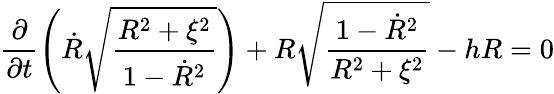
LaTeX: \frac{\partial}{\partial t}\left(\dot{R}\sqrt{\frac{R^{2}+\xi^{2}}{1-\dot{R}^{2}}}\right)+R\sqrt{\frac{1-\dot{R}^{2}}{R^{2}+\xi^{2}}}-hR=0